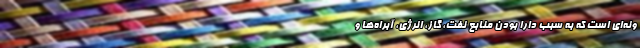
ونه‌ای است که به سبب دارا بودن منابع نفت، گاز، انرژی، آبراه‌ها و